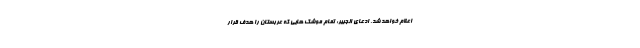
اعلام خواهد شد. ادعای الجبیر: تمام موشک هایی که عربستان را هدف قرار